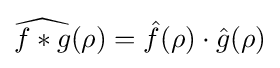
{\widehat {f*g}}(\rho )={\hat {f}}(\rho )\cdot {\hat {g}}(\rho )